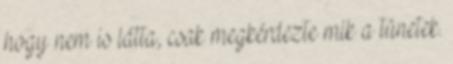
hogy nem is látta, csak megkérdezte mik a tünetek.